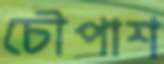
চৌপাশ